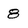
Character: 8